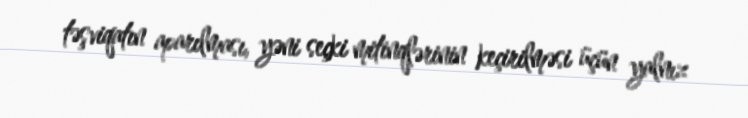
təşviqatın aparılması, yəni seçki mitinqlərinin keçirilməsi üçün yalnız